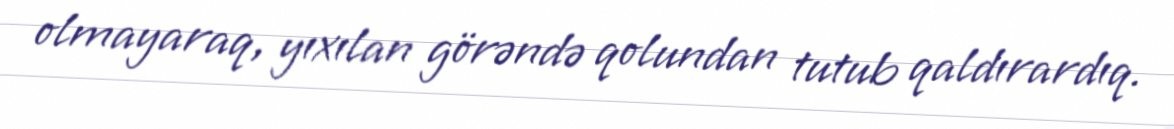
olmayaraq, yıxılan görəndə qolundan tutub qaldırardıq.